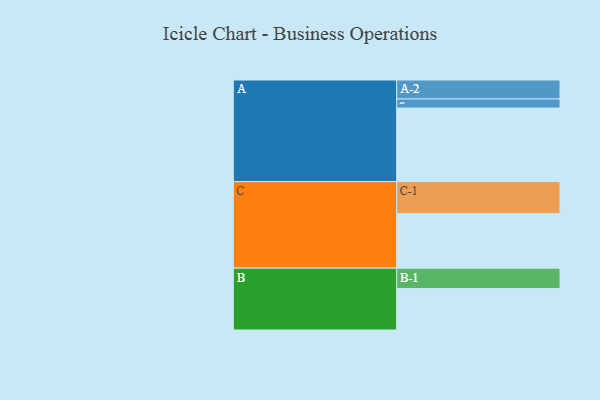
{"axis": {"x": "Segment", "y": "Value"}, "legend": ["", "A", "B", "C"], "data": [{"x": "A", "y": 535, "type": ""}, {"x": "B", "y": 302, "type": ""}, {"x": "C", "y": 397, "type": ""}, {"x": "A-1", "y": 66, "type": "A"}, {"x": "A-2", "y": 138, "type": "A"}, {"x": "B-1", "y": 148, "type": "B"}, {"x": "C-1", "y": 233, "type": "C"}]}